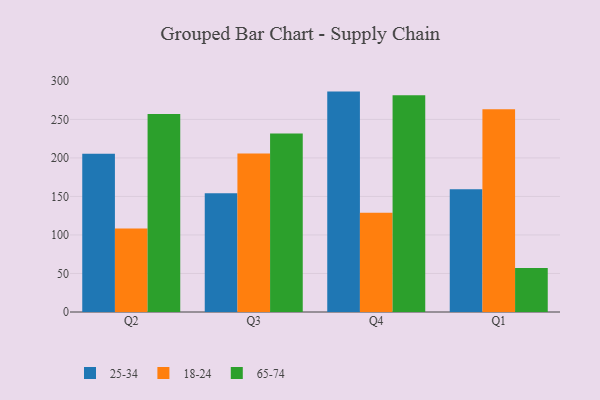
{"axis": {"x": "Quarter", "y": "Budget (USD K)"}, "legend": ["18-24", "25-34", "65-74"], "data": [{"x": "Q2", "y": 205.5, "type": "25-34"}, {"x": "Q2", "y": 108.5, "type": "18-24"}, {"x": "Q2", "y": 256.9, "type": "65-74"}, {"x": "Q3", "y": 154.0, "type": "25-34"}, {"x": "Q3", "y": 205.9, "type": "18-24"}, {"x": "Q3", "y": 231.6, "type": "65-74"}, {"x": "Q4", "y": 286.1, "type": "25-34"}, {"x": "Q4", "y": 128.9, "type": "18-24"}, {"x": "Q4", "y": 281.5, "type": "65-74"}, {"x": "Q1", "y": 159.2, "type": "25-34"}, {"x": "Q1", "y": 263.2, "type": "18-24"}, {"x": "Q1", "y": 57.2, "type": "65-74"}]}